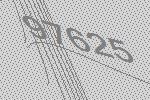
97625